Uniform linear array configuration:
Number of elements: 8
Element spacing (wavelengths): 1
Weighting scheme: exponential
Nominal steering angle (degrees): -15
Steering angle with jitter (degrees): -15.427
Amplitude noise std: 0.05
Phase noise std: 0.05

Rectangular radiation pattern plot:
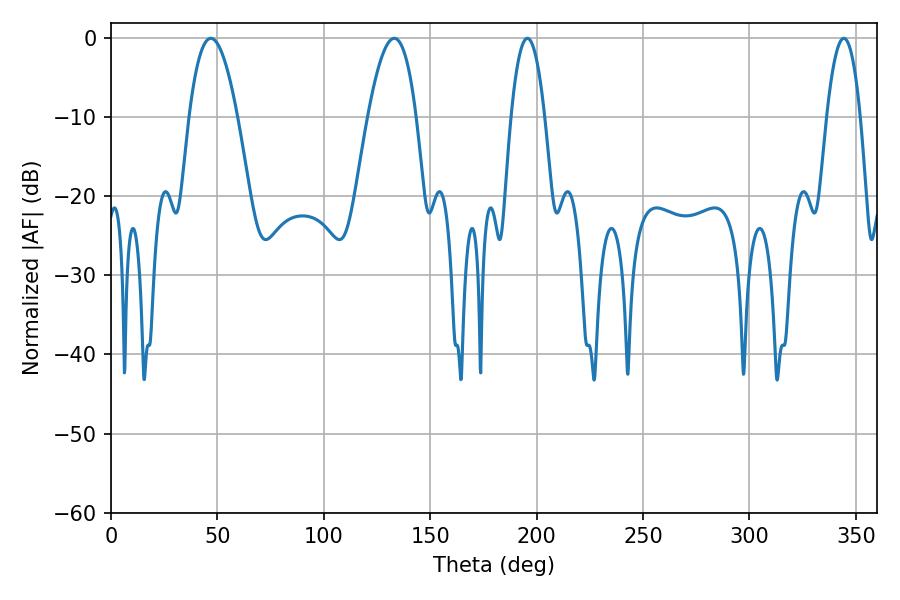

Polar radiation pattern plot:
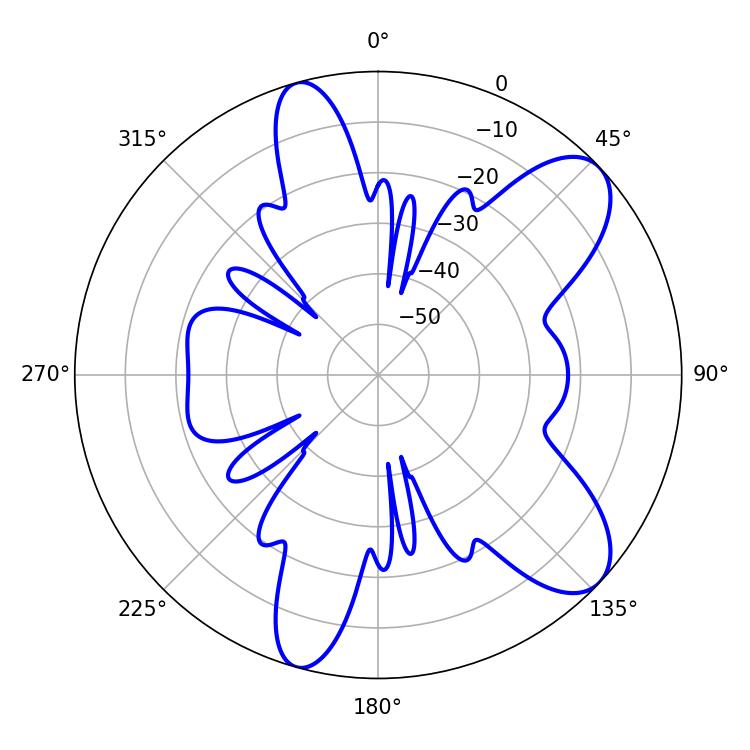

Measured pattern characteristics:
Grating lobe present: TRUE
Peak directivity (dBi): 8.969
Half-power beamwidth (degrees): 8.82
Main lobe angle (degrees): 195.66